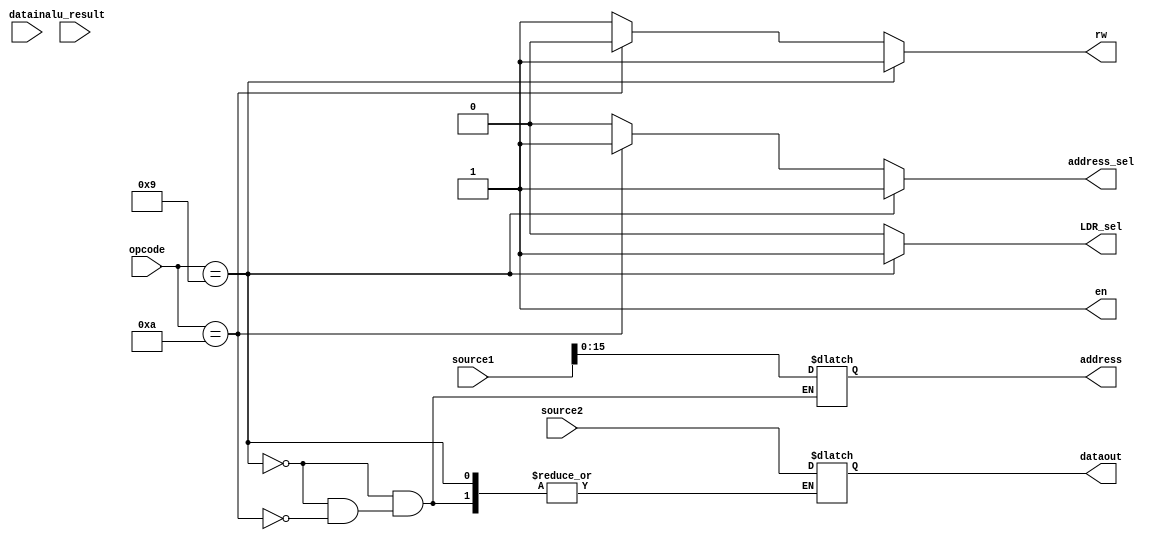
module memory_control(source1, source2, alu_result, opcode, address, rw, datain, dataout, en, LDR_sel, address_sel);

input [31:0] source1, source2, alu_result, datain;
input [3:0] opcode;

output reg [31:0] dataout;
output reg rw; // if rw = 1 read, if rw = 0 write.
output reg en;
output reg [15:0] address;
output reg LDR_sel, address_sel;

always @ (*)
begin

if( opcode == 4'b1001) // LDR, load register with data from RAM
begin
	// source 1 points to address of the data in the RAM
	
	address = source1[15:0];
	LDR_sel = 1'b1;
	address_sel = 1'b1;
	rw = 1'b1;
	en = 1'b1;

end
else if( opcode == 4'b1010 ) // STR, store register data to RAM
begin
	// source 1 points to the address being written to in RAM
	// source 2 points to the register containing the data to be written in the RAM
	address = source1[15:0];
	dataout = source2;
	LDR_sel = 1'b0;
	address_sel = 1'b1;
	en = 1'b1;
	rw = 1'b0;
	
end
else
begin
	// Case if opcode is not LDR or STR
	en = 1'b1;
	rw = 1'b1;
	LDR_sel = 1'b0;
	address_sel = 1'b0;
end

end


//mux_2x1_16bit address_bus_mux( address_sel, address, str_ldr_address, pc_instruction);

//RAM ram1(en, rw, address, datain , dataout);

//assign LDRdata = datain;

//mux_2x1_32bit ldr_data_mux( LDR_sel, register_data, LDRdata, alu_result);

endmodule